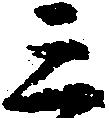
三